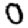
Digit: 0